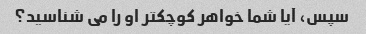
سپس، آیا شما خواهر کوچکتر او را می شناسید؟